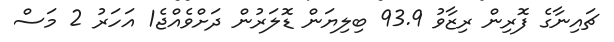
ޗައިނާގެ ފޮރިން ރިޒާވު 93.9 ބިލިޔަން ޑޮލަރުން ދަށްވެއްޖެ1 އަހަރު 2 މަސް